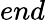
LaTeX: end